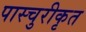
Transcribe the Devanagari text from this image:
पास्चुरीकृत